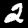
Label: 2